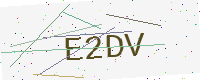
Text: E2DV